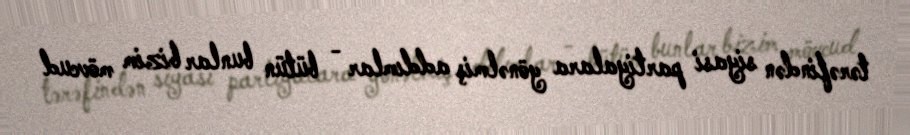
tərəfindən siyasi partiyalara yönəlmiş addımlar - bütün bunlar bizim mövcud